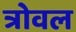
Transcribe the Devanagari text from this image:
त्रोवल